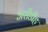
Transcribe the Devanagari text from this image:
जरीडीह